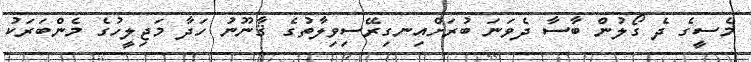
މެސީގެ ދެ ގޯލުން ބާސާ ދެވަނަ ބުރަށްއިނގިރޭސިވިލާތުގެ ޤާނޫނު ހަދާ މަޖިލީހުގެ މެންބަރަކު